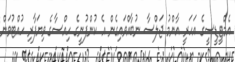
އެމްޓީޑީސީގެ އަހަރީ އާންމު ޖަލްސާ ނުބާއްވައިގެން އެ ކުންފުނީގެ ހިއްސާގެ ވިޔަފާރި ހުއްޓުވަން